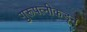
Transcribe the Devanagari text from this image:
गुरूपत्‍नीकडून